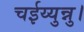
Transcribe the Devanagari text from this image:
चईय्युन्नु।